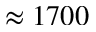
\approx 1 7 0 0